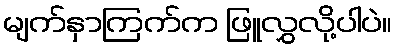
မျက်နှာကြက်က ဖြူလွှလို့ပါပဲ။